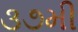
૩૭મી